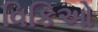
વિકિઓ